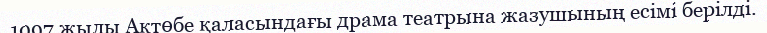
1997 жылы Ақтөбе қаласындағы драма театрына жазушының есімі берілді.